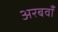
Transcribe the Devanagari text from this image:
अरबवाँ